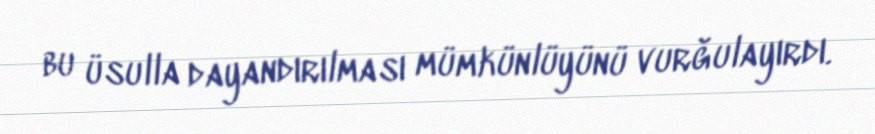
bu üsulla dayandırılması mümkünlüyünü vurğulayırdı.